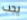
يجب